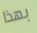
بهذا